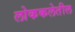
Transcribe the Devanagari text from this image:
लोककलेतील